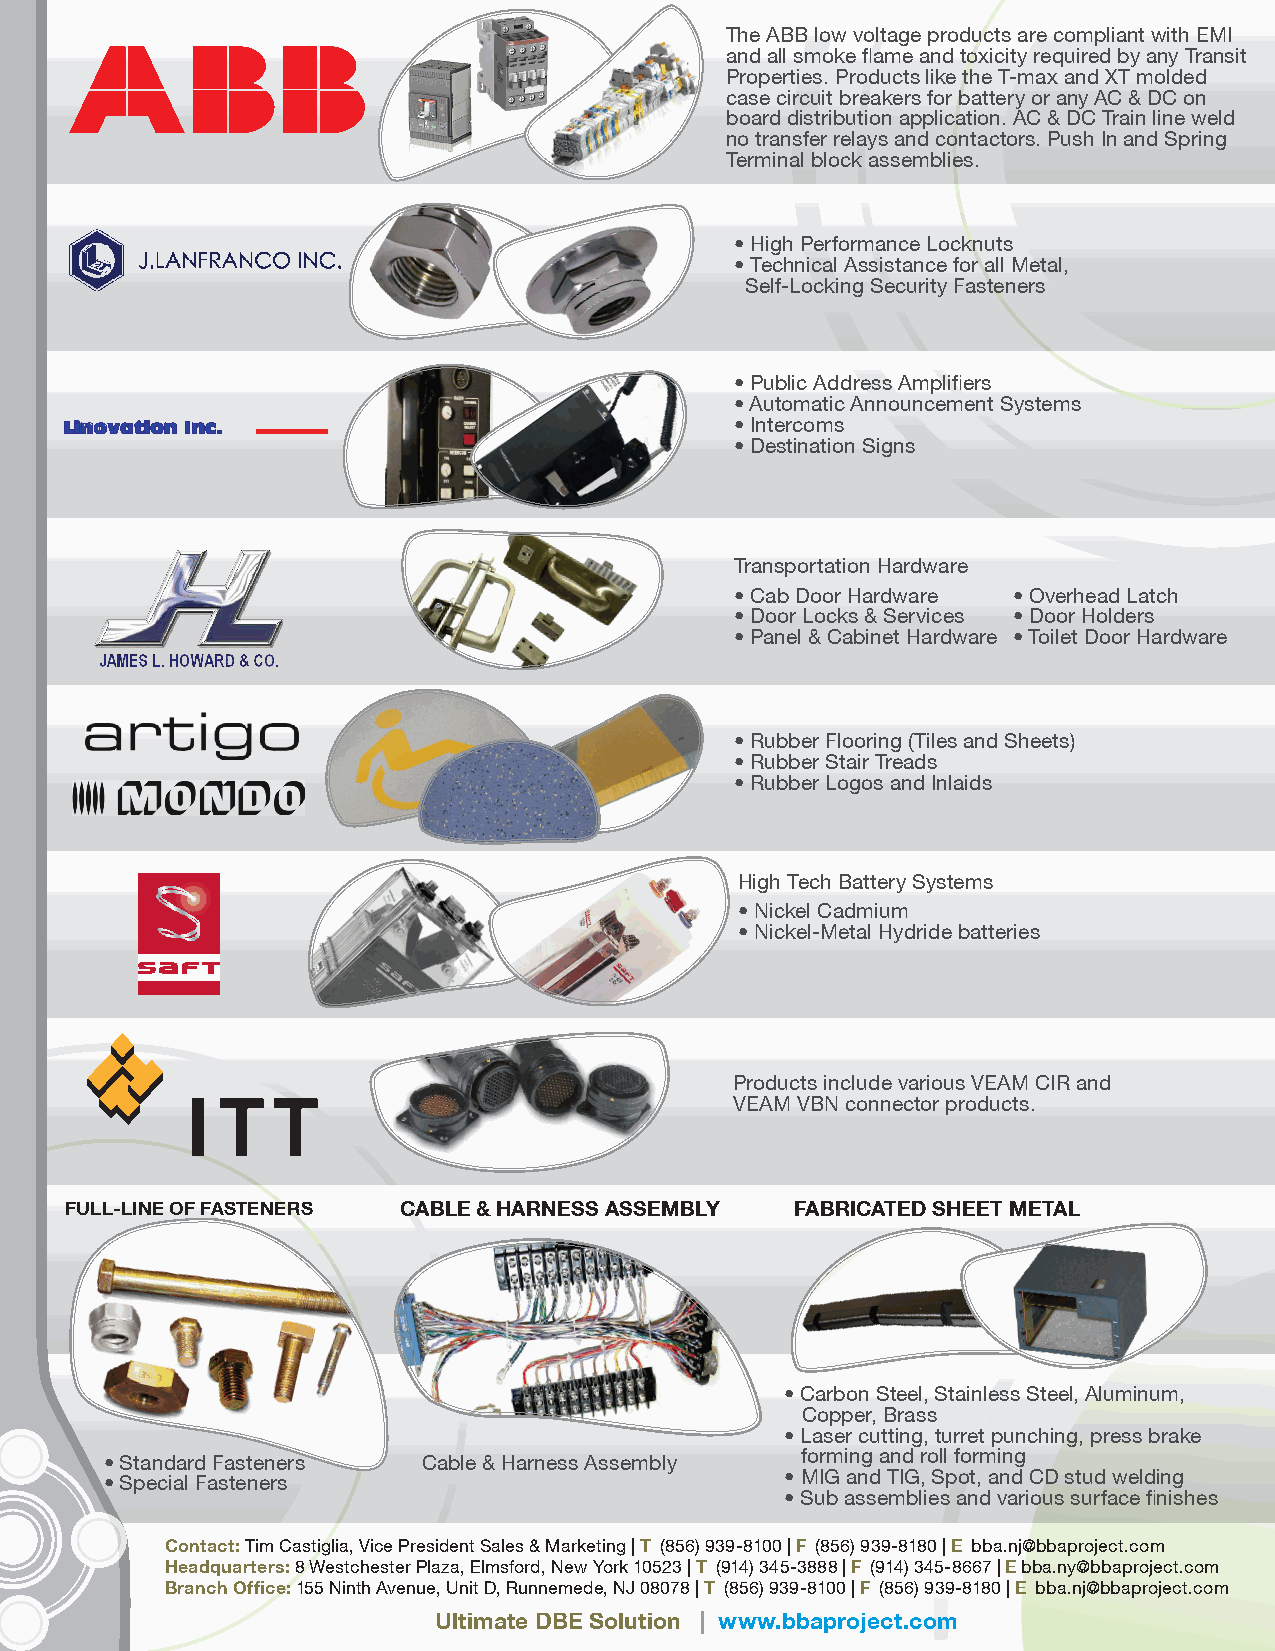
The ABB low voltage products are compliant with EMI
 and all smoke flame and toxicity required by any Transit
 Properties. Products like the T-max and XT molded
 case circuit breakers for battery or any AC & DC on
 board distribution application. AC & DC Train line weld
 no transfer relays and contactors. Push In and Spring
 Terminal block assemblies.
 • High Performance Locknuts
 • Technical Assistance for all Metal,
 Self-Locking Security Fasteners
 • Public Address Amplifiers
 • Automatic Announcement Systems
 • Intercoms
 Linovation Inc.
 • Destination Signs
 Transportation Hardware
 • Cab Door Hardware • Overhead Latch
 • Door Locks & Services • Door Holders
 • Panel & Cabinet Hardware • Toilet Door Hardware
 • Rubber Flooring (Tiles and Sheets)
 • Rubber Stair Treads
 • Rubber Logos and Inlaids
 High Tech Battery Systems
 • Nickel Cadmium
 • Nickel-Metal Hydride batteries
 Products include various VEAM CIR and
 VEAM VBN connector products.
 FULL-LINE OF FASTENERS CABLE & HARNESS ASSEMBLY  FABRICATED SHEET METAL
 • Carbon Steel, Stainless Steel, Aluminum,
 Copper, Brass
 • Laser cutting, turret punching, press brake
 • Standard Fasteners Cable & Harness Assembly forming and roll forming
 • Special Fasteners                          • MIG and TIG, Spot, and CD stud welding
 • Sub assemblies and various surface finishes
 Contact: Tim Castiglia, Vice President Sales & Marketing | T (856) 939-8100 | F (856) 939-8180 | E bba.nj@bbaproject.com
 Headquarters: 8 Westchester Plaza, Elmsford, New York 10523 | T (914) 345-3888 | F (914) 345-8667 | E bba.ny@bbaproject.com
 Branch Office: 155 Ninth Avenue, Unit D, Runnemede, NJ 08078 | T (856) 939-8100 | F (856) 939-8180 | E bba.nj@bbaproject.com
 Ultimate DBE Solution | www.bbaproject.com